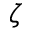
\zeta